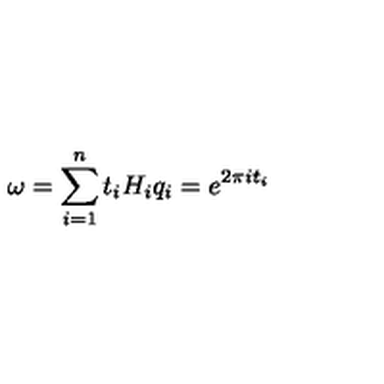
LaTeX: \omega = \sum _ { i = 1 } ^ { n } t _ { i } H _ { i } q _ { i } = e ^ { 2 \pi i t _ { i } }